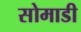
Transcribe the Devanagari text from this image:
सोमाडी